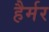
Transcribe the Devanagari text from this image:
हैर्मर